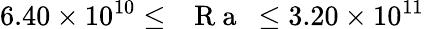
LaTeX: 6.40\times 10^{10}\leq\mathrm{~\textit~{~R~a~}~}\leq 3.20\times 10^{11}